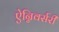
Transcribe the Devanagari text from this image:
ऐन्निवर्सरी